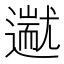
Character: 𬩗